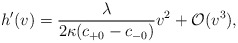
\begin{align*} h'(v)=\frac{\lambda}{2\kappa(c_{+0}-c_{-0})}v^2+\mathcal{O}(v^3),\end{align*}